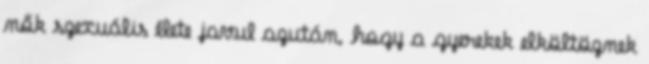
nők szexuális élete javul azután, hogy a gyerekek elköltöznek